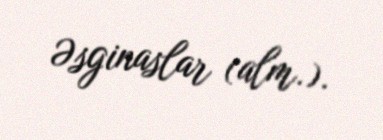
Əsginaslar (alm.).